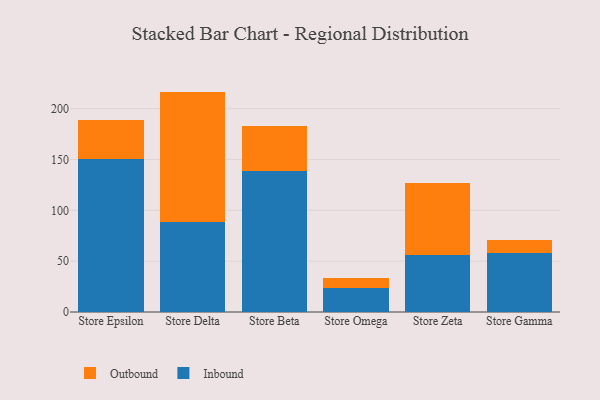
{"axis": {"x": "Store", "y": "Customer Acquisition Cost (USD)"}, "legend": ["Inbound", "Outbound"], "data": [{"x": "Store Epsilon", "y": 150.4, "type": "Inbound"}, {"x": "Store Epsilon", "y": 38.7, "type": "Outbound"}, {"x": "Store Delta", "y": 88.7, "type": "Inbound"}, {"x": "Store Delta", "y": 128.1, "type": "Outbound"}, {"x": "Store Beta", "y": 139.1, "type": "Inbound"}, {"x": "Store Beta", "y": 43.8, "type": "Outbound"}, {"x": "Store Omega", "y": 23.9, "type": "Inbound"}, {"x": "Store Omega", "y": 10.0, "type": "Outbound"}, {"x": "Store Zeta", "y": 56.0, "type": "Inbound"}, {"x": "Store Zeta", "y": 70.8, "type": "Outbound"}, {"x": "Store Gamma", "y": 57.6, "type": "Inbound"}, {"x": "Store Gamma", "y": 13.5, "type": "Outbound"}]}